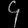
Digit: ၄